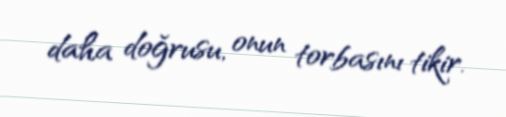
daha doğrusu, onun torbasını tikir.